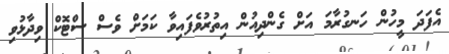
އެފަދަ މީހުން ހަނގުރާމަ އަށް ގެންދިއުން އިތުރުވެފައިވާ ކަމަށް ވެސް ސްޓޮކް ވިދާޅުވި